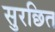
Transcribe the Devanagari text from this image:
सुरछित